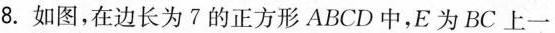
8.如图，在边长为7的正方形ABCD中，E为BC上一